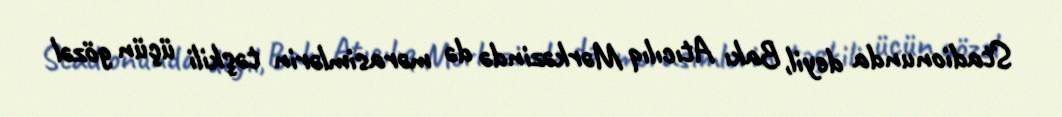
Stadionunda deyil, Bakı Atıcılıq Mərkəzində də mərasimlərin təşkili üçün gözəl